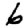
Digit: 6